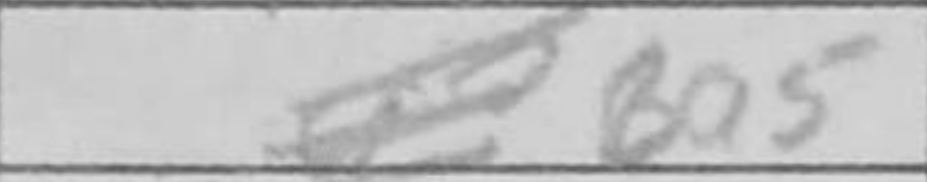
Transcription: Ba5